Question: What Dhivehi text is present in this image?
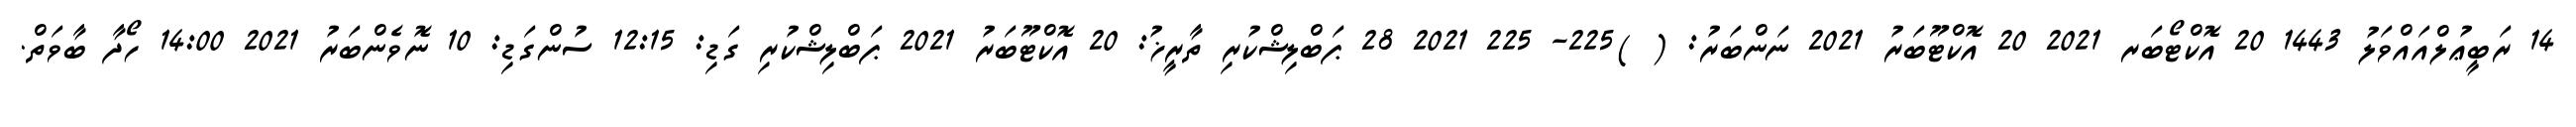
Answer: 14 ރަބީޢުލްއައްވަލު 1443 20 އޮކްޓޯބަރ 2021 20 އޮކްޓޫބަރު 2021 ނަންބަރު: ( )225- 225 2021 28 ޕަބްލިޝްކުރި ތާރީޚު: 20 އޮކްޓޫބަރު 2021 ޕަބްލިޝްކުރި ގަޑި: 12:15 ސުންގަޑި: 10 ނޮވެންބަރު 2021 14:00 ހޯދާ ބާވަތް.